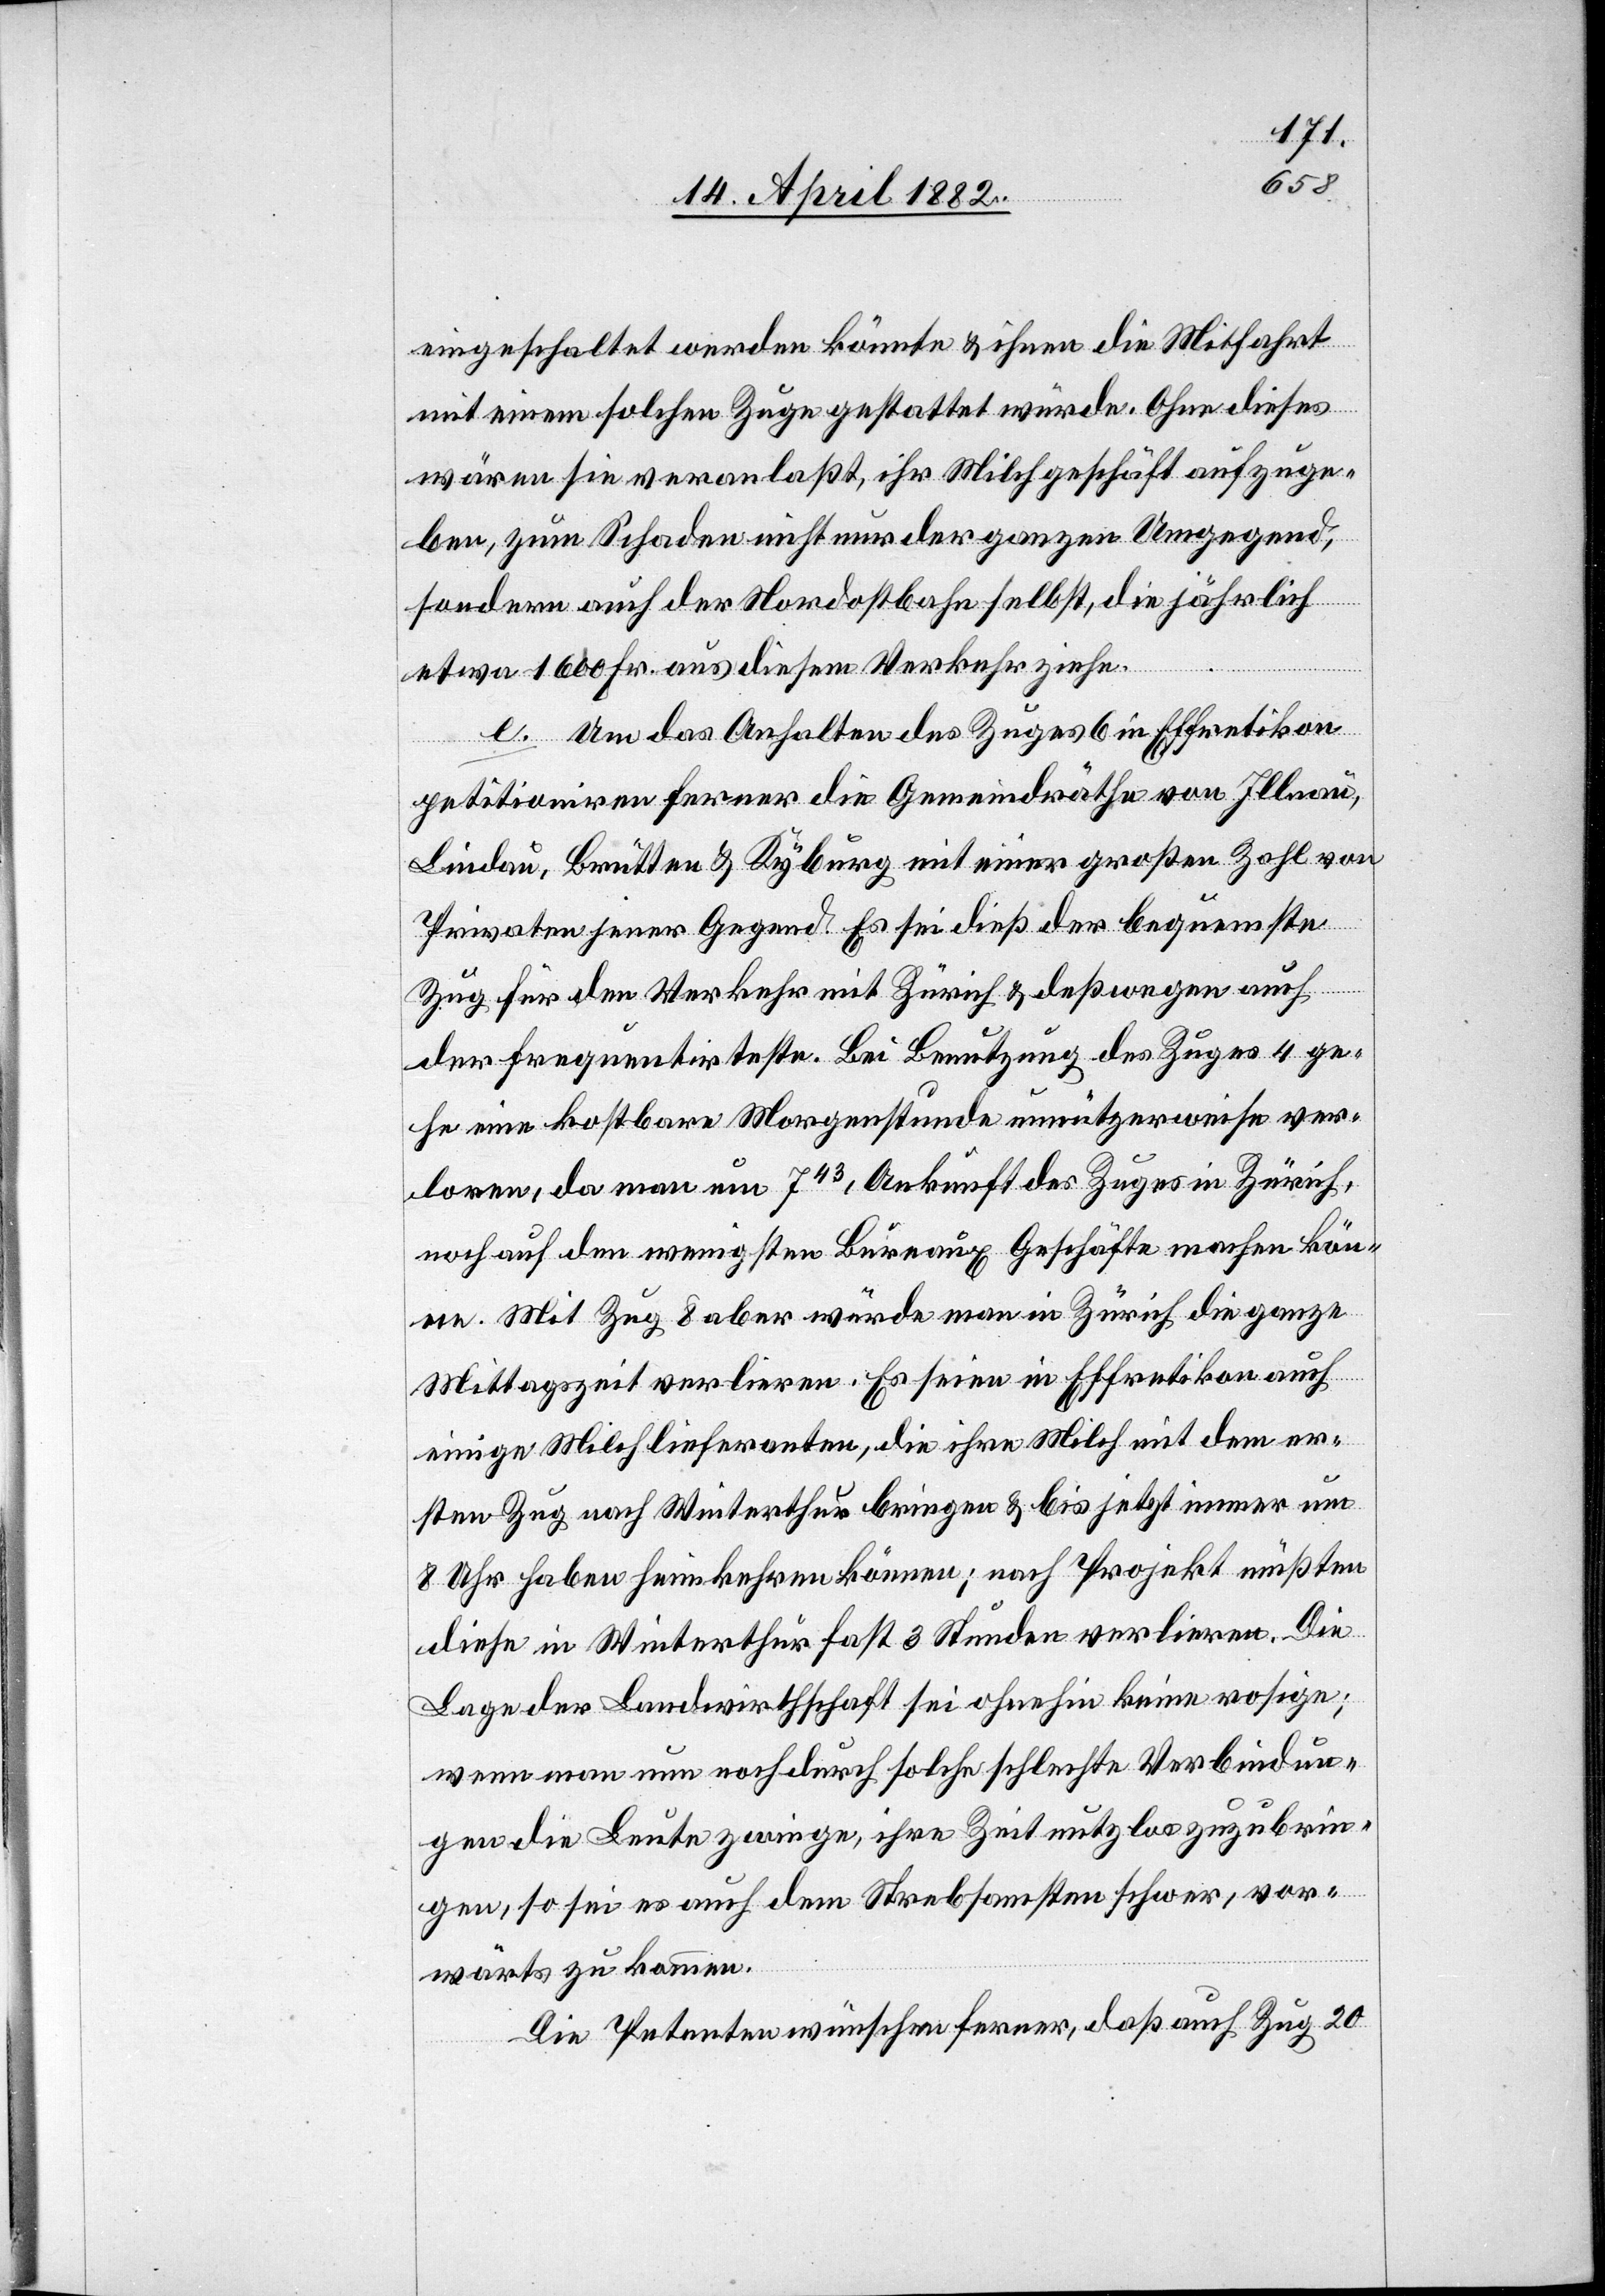
eingeschaltet werden könnte & ihnen die Mitfahrt
mit einem solchen Zuge gestattet würde. Ohne dieses
wären sie veranlaßt, ihr Milchgeschäft aufzuge¬
ben, zum Schaden nicht nur der ganzen Umgegend,
sondern auch der Nordostbahn selbst, die jährlich
etwa 1600 Fr. aus diesem Verkehr ziehe.
e. Um das Anhalten des Zuges 6 in Effretikon
petitioniren ferner die Gemeindräthe von Illnau,
Lindau, Brütten & Kyburg mit einer großen Zahl von
Privaten jener Gegend. Es sei dieß der bequemste
Zug für den Verkehr mit Zürich & deßwegen auch
der frequentirteste. Bei Benutzung des Zuges 4 ge¬
he eine kostbare Morgenstunde unnützerweise ver¬
loren, da man um 743, Ankunft des Zuges in Zürich,
noch auf den wenigsten Bureaux Geschäfte machen kön¬
ne. Mit Zug 8 aber würde man in Zürich die ganze
Mittagszeit verlieren. Es seien in Effretikon auch
einige Milchlieferanten, die ihre Milch mit dem er¬
sten Zug nach Winterthur bringen & bis jetzt immer um
8 Uhr haben heimkehren können; nach Projekt müßten
diese in Winterthur fast 3 Stunden verlieren. Die
Lage der Landwirthschaft sei ohnehin keine rosige;
wenn man nun noch durch solche schlechte Verbindun¬
gen die Leute zwinge, ihre Zeit nutzlos zuzubrin¬
gen, so sei es auch dem Strebsamsten schwer, vor¬
wärts zu kommen.
Die Petenten wünschen ferner, daß auch Zug 20